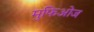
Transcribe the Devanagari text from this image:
मुफिओज